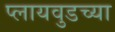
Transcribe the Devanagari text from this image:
प्लायवुडच्या